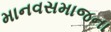
માનવસમાજના